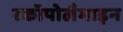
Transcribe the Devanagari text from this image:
स्कॉपोलैमाइन